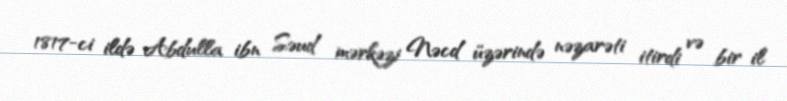
1817-ci ildə Abdulla ibn Səud mərkəzi Nəcd üzərində nəzarəti itirdi və bir il